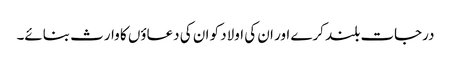
درجات بلند کرے اور ان کی اولاد کو ان کی دعاؤں کا وارث بنائے۔